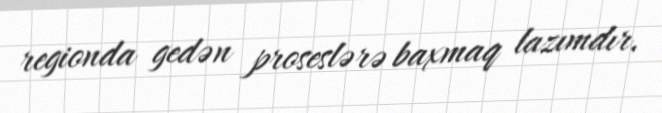
regionda gedən proseslərə baxmaq lazımdır.